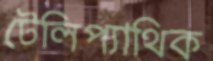
টেলিপ্যাথিক